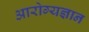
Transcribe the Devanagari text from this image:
आरोग्यज्ञान